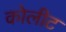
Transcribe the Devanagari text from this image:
कोलीट